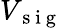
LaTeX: V_{\mathrm{~s~i~g~}}